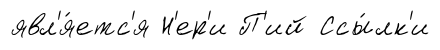
явл'я́етс'я Н'ер'и П'ий Ссы́лк'и